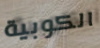
الكوبية